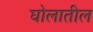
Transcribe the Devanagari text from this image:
घोलातील